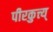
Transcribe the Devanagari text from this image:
पीरकुत्त्य्